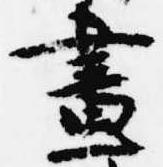
昼